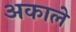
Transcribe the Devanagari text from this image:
अकाले